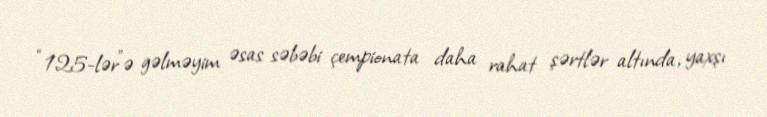
“125-lər”ə gəlməyim əsas səbəbi çempionata daha rahat şərtlər altında, yaxşı